Scientific memoirs by medical officers of the Army of India - Part V,
Year: 1890
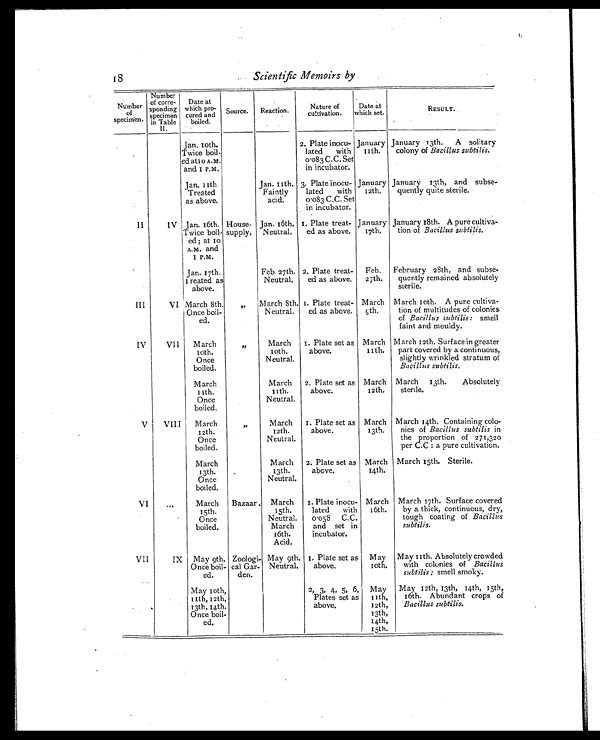
18
Scientific Memoirs by
Number o f
specimen.
Number
of corre-
sponding
specimen
in Table
II.
Date at
which pro-
cured and
boiled.
Source. Reaction.
Nature of
c u l t i v a t i o n .
Date at w h i c h s e t .
RESULT.
Jan. 10th.
Twice boil-
ed at 10 A.M.
and 1 P.M.
2. Plate inocu-
lated with
0.083 C.C. Set
in incubator.
January
11th.
January 13th. A solitary
colony of Bacillus subtilis.
Jan.11th
Treated
as above.
Jan. 11th.
Faintly
acid.
3. Plate inocu-
lated with
0.083 C.C. Set
in incubator.
January
12th.
January 13th, and subse-
quently quite sterile.
II
IV Jan. 16th.
Twice boil-
ed ; at to
A.M. and
1 P.M.
House-
supply.
Jan. 16th.
Neutral.
1. Plate treat-
ed as above.
January
17th.
January 18th. A pure cultiva-
tion of Bacillus subtilis.
Jan. 17th.
1 reated as
above.
Feb. 27th.
Neutral.
2. Plate treat-
ed as above.
Feb.
27th.
February 28th, and subse-
quently remained absolutely
sterile.
III
VI March 8th
Once boil-
ed.
, , March 8th.
Neutral.
1. Plate treat-
ed as above.
March
9t h.
March 10th. A pure cultiva-
tion of multitudes of colonies
of Bacillus subtilis: smell
faint and mouldy.
IV
VII March
10th.
Once
boiled.
, ,
March
10th.
Neutral.
1. Plate set as
above.
March
11th.
March 12th. Surface in greater
part covered by a continuous,
slightly wrinkled stratum of
Bacillus subtilis.
March
11th.
Once
boiled.
March
11th.
Neutral.
2. Plate set as
above.
March
12th.
March 13th. Absolutely
sterile.
V VIII March
12th.
Once
boiled.
, ,
March
12th.
Neutral.
1. Plate set as
above.
March
13th.
March 14th. Containing colo-
nies of Bacillus subtilis in
the proportion of 271,320
per C.C : a pure cultivation.
March
13th.
Once
boiled.
.
March
13th.
Neutral.
2. Plate set as
above.
March
14th.
March 15th. Sterile.
VI
. . .
March
I5th.
Once
boiled.
Bazaar. March
15th.
Neutral.
March
16th.
Acid.
1. Plate inocu-
lated with
0.058 C.C.
and set in
incubator.
March
16th.
March 17th. Surface covered
by a thick, continuous, dry,
tough coating of Bacillus
subtilis.
VII
IX May 9th.
Once boil-
ed.
Zoologi-
cal Gar-
den.
May 9th.
Neutral.
1. Plate set as
above.
May
10th.
May 11th. Absolutely crowded
with colonies of Bacillus
subtilis ; smell smoky.
May 10th,
11th, 12th,
13th, 14th.
Once boil-
ed.
2, 3, 4, 5, 6,
Plates set as
above.
May
11th,
12th,
13th,
14th,
15th,
May 12th, 13th, 14th, 15th,
16th. Abundant crops of
Bacillus subtilis.